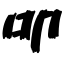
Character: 叩